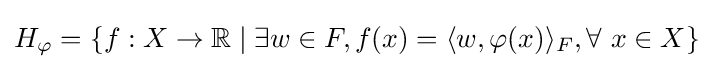
H_{\varphi }=\{f:X\to \mathbb {R} \mid \exists w\in F,f(x)=\langle w,\varphi (x)\rangle _{F},\forall {\text{  }}x\in X\}